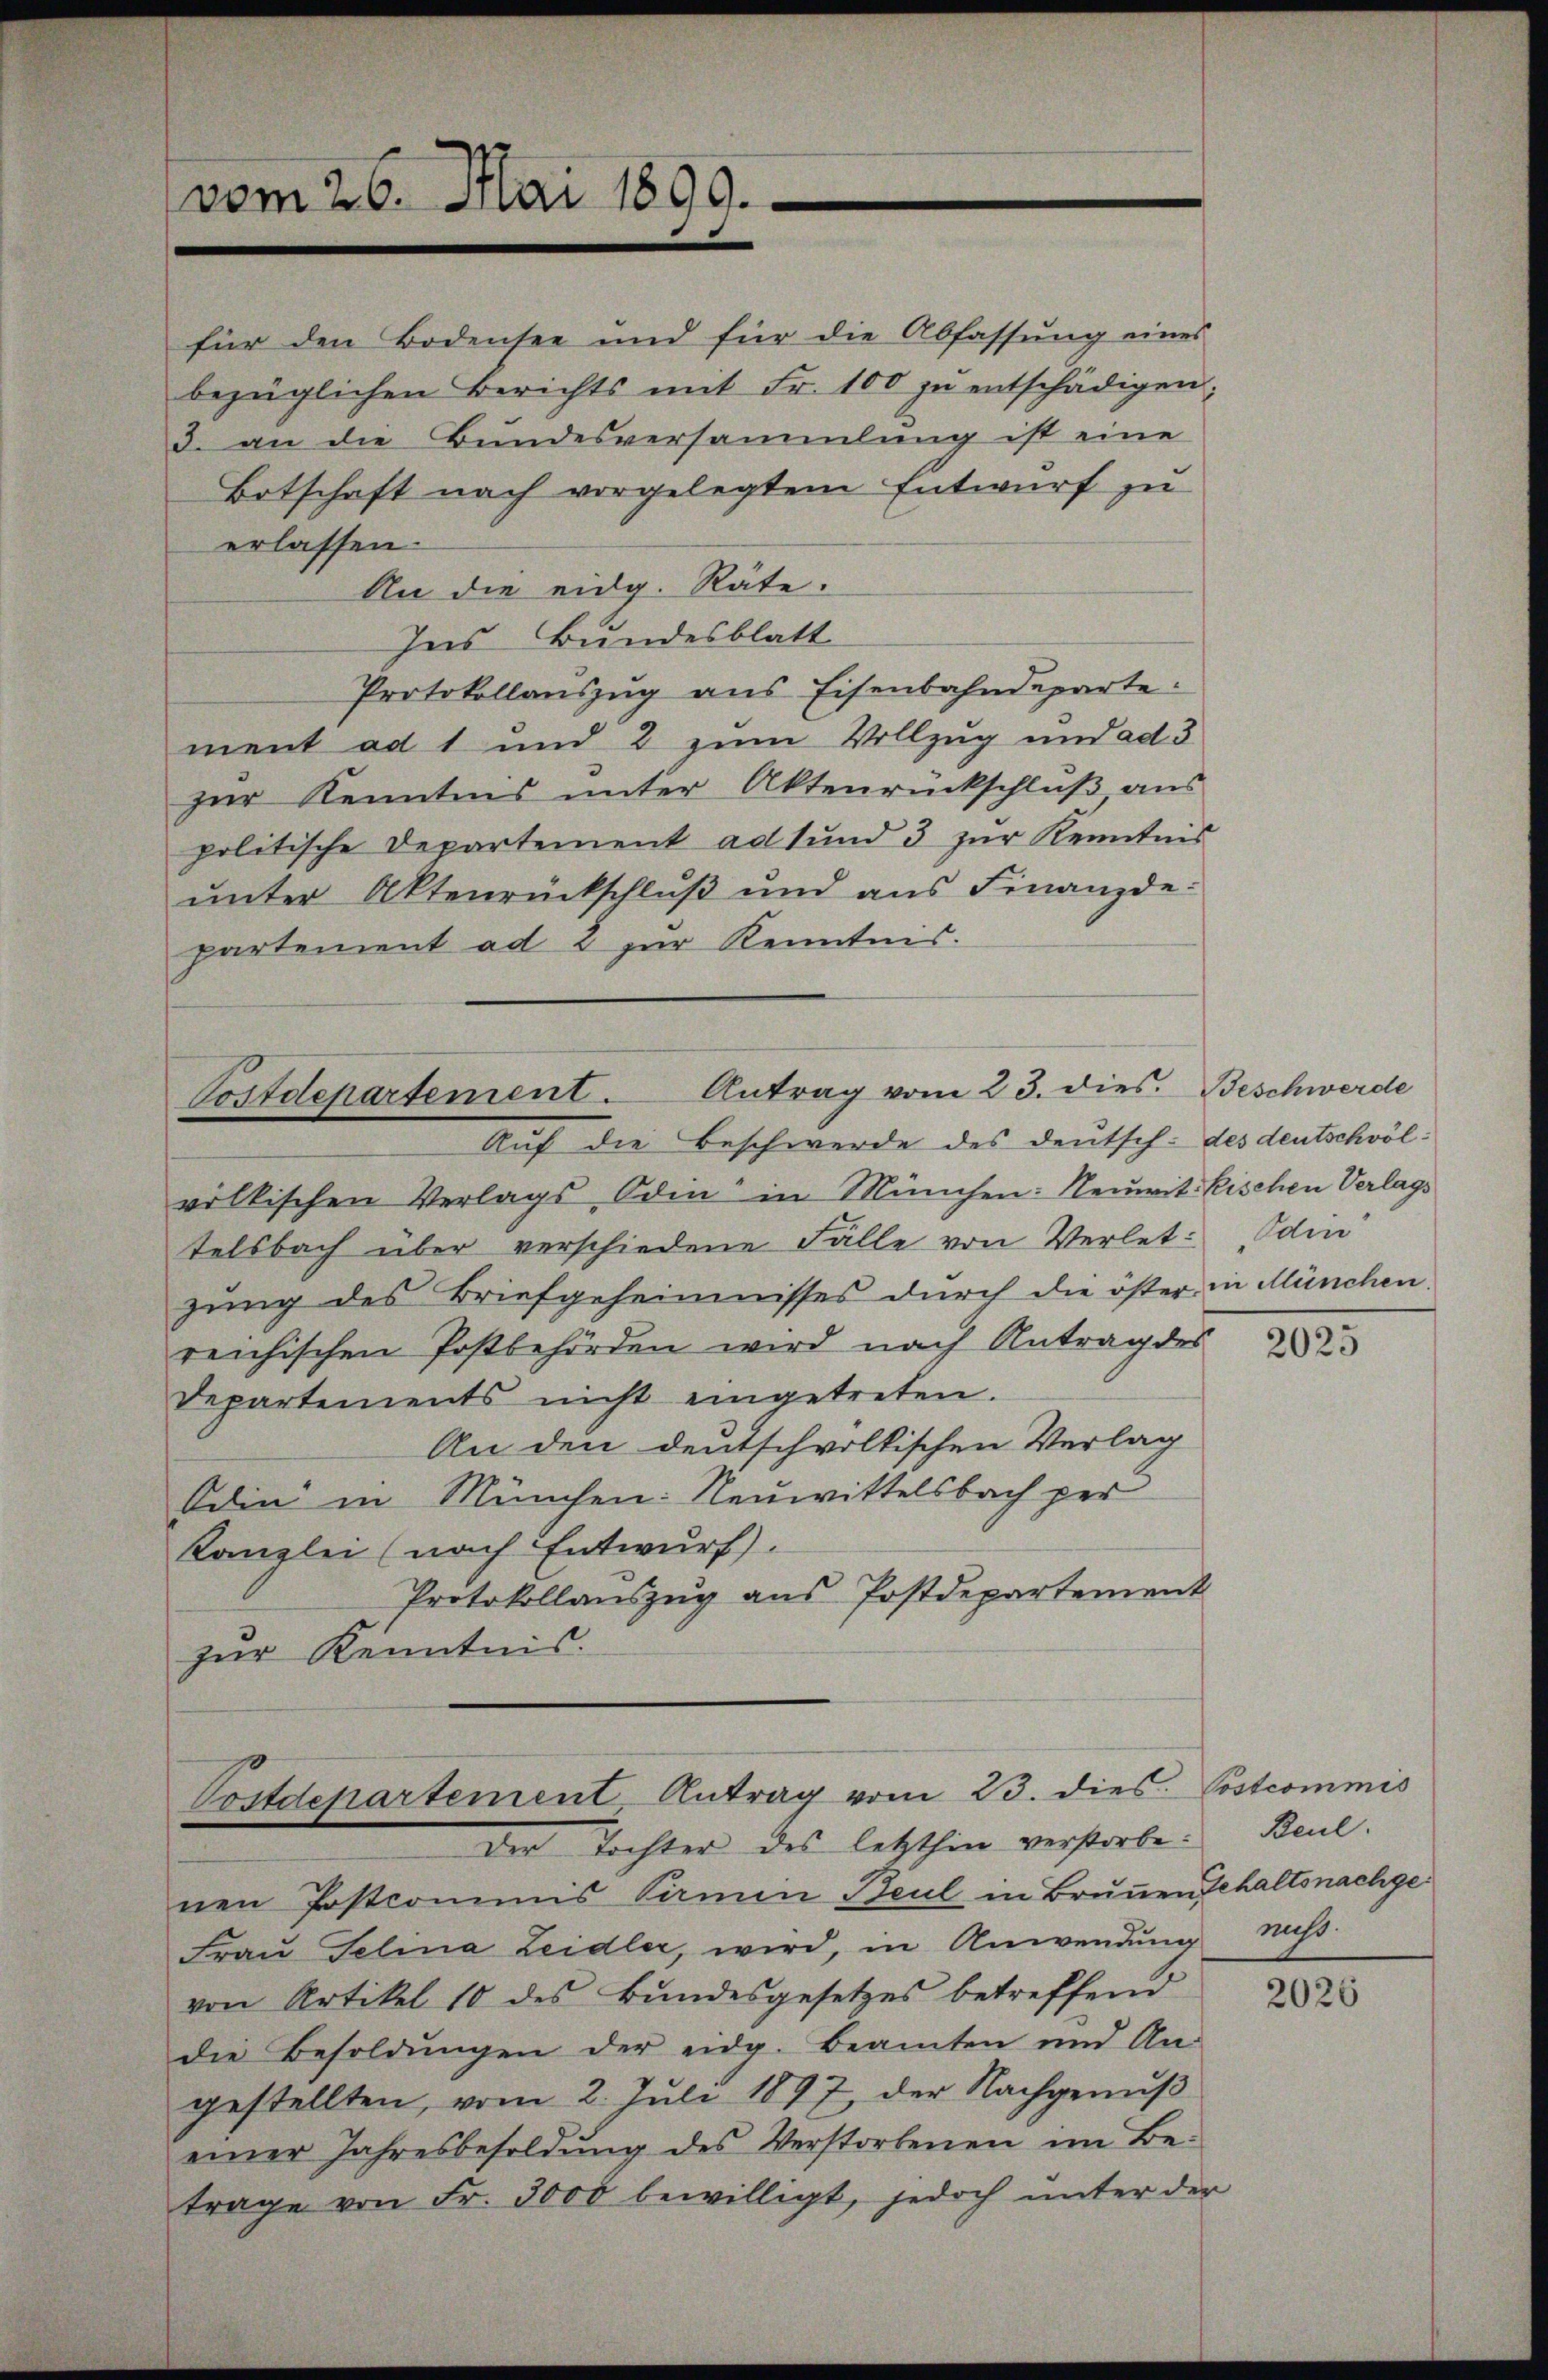
für den Bodensee und für die Abfassŭng eines
bezüglichen Berichts mit Fr. 100 zŭ entschädigen;
3. an die Bundesversammlung ist eine
Botschaft nach vorgelegtem Entwurf zu
erlassen.
An die eidg. Räte.
Ins Bundesblatt
Protokollauszug aus Eisenbahndeparte:
ment ad 1 und 2 zum Vollzug und ad 3
zur Kenntnis unter Aktenrückschluß aus
politische Departement ad sund 3 zur Kenntnis
unter Aktenrückschluß und aus Finanzde
partement ad & zur Kenntnis.

vom 26. Mai 1890.

Postdepartement. Antrag vom 23. dies. Beschwerde
Auf die Beschwerde des deutsch: des deutschwöl¬

völkischen Verlags Oden in München: Neuit. Fischen Verlags
telsbach über verschiedene Fälle von Verlet: Odin
zung des Briefgeheimnisses durch die öster in München-
reichischen Postbehörden wird nach Antrag des
Departements nicht eingetreten.
An den deutschwolkischen Verlag
Adin in München: Neuwittelsbach per
Kanzlei (nach Entwurf).
Protokollauszug aus Postdepartement
zur Kenntnis.

Postdepartement Antrag vom 23. dies
der Tochter des letzthin verstorbe. Beul.

nen Postcommis Pirmen Beul in Brunnen Gehaltsnachge
Frau Selina Leidler, wird, in Anwendung muss.
von Artikel 10 des Bŭndesgesetzes betreffend
die Besoldŭngen der eidg. Beamten und An-
gestellten, vom 2. Juli 1897, der Nachgenuß
einer Jahresbesoldŭng des Verstorbenen im Be-
trage von Fr. 3000 bewilligt, jedoch unter der

2025

Postcommis

2026